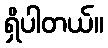
ရှိပါတယ်။